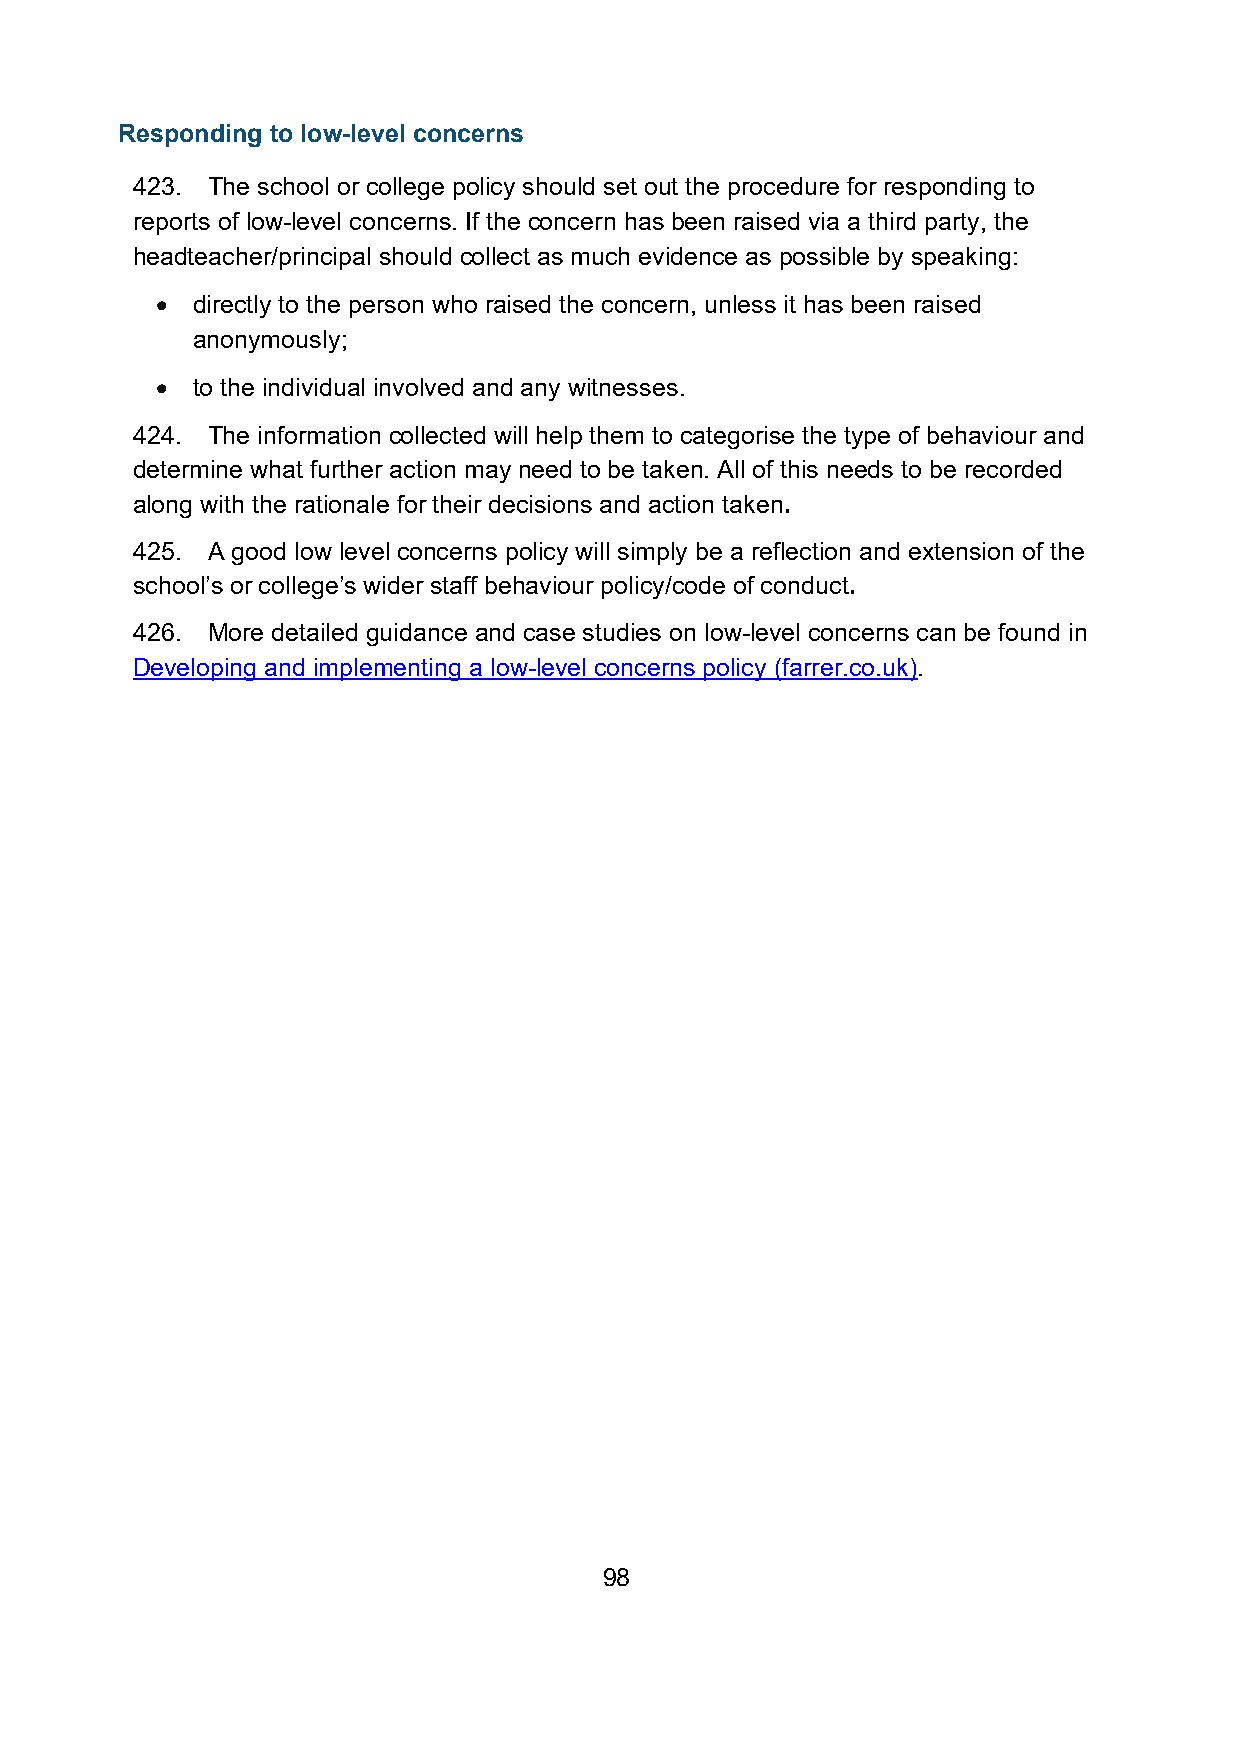
Responding to low-level concerns
 423. The school or college policy should set out the procedure for responding to
 reports of low-level concerns. If the concern has been raised via a third party, the
 headteacher/principal should collect as much evidence as possible by speaking:
 •  directly to the person who raised the concern, unless it has been raised
 anonymously;
 •  to the individual involved and any witnesses.
 424. The information collected will help them to categorise the type of behaviour and
 determine what further action may need to be taken. All of this needs to be recorded
 along with the rationale for their decisions and action taken.
 425. A good low level concerns policy will simply be a reflection and extension of the
 school’s or college’s wider staff behaviour policy/code of conduct.
 426. More detailed guidance and case studies on low-level concerns can be found in
 Developing and implementing a low-level concerns policy (farrer.co.uk).
 98